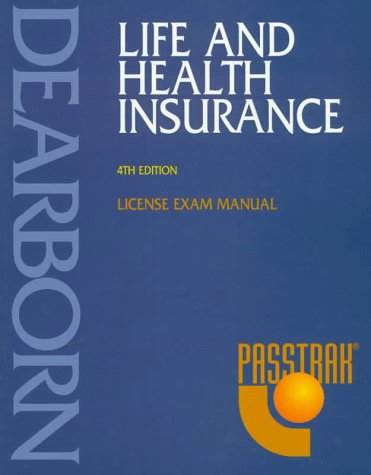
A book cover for Life and Health Insurance: License Exam Manual; Dearborn Financial Institute; Business & Money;